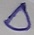
Text: D